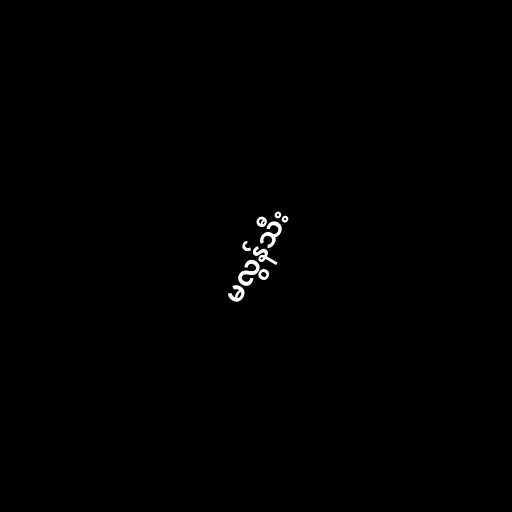
မလွန်သီး